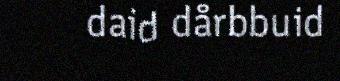
daid dårbbuid